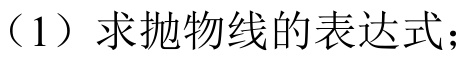
（1）求抛物线的表达式；